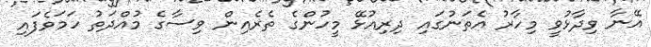
އޭނާ ވިދާޅުވީ މިހާރު އެތަނުގައި ދިރިއުޅޭ މީހުންގެ ތެރެއިން ވިސާގެ މުއްދަތު ހަމަވެފައި